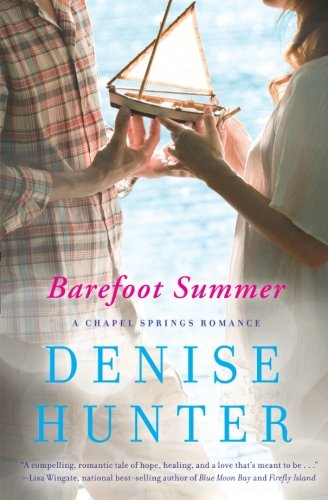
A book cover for Barefoot Summer (A Chapel Springs Romance); Denise Hunter; Romance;